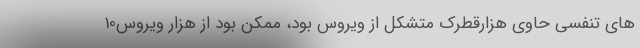
های تنفسی حاوی هزارقطرک متشکل از ویروس بود، ممکن بود از هزار ویروس10